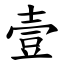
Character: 壹